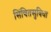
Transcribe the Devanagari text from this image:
सिंचितसुविधा